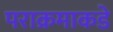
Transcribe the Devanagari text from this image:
पराक्रमाकडे